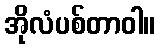
အိုလံပစ်တာဝါ။